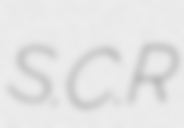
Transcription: S.C.R